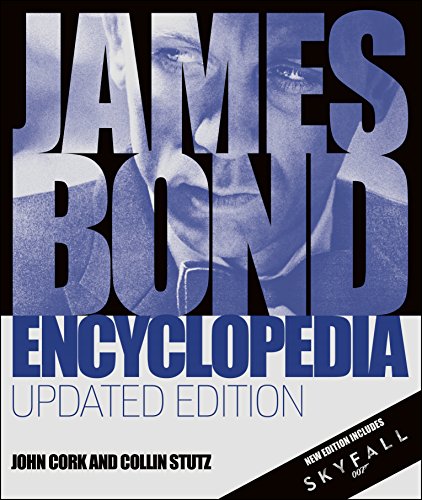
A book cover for James Bond Encyclopedia: Updated Edition; John Cork; Humor & Entertainment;